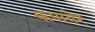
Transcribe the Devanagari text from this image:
कणवेर